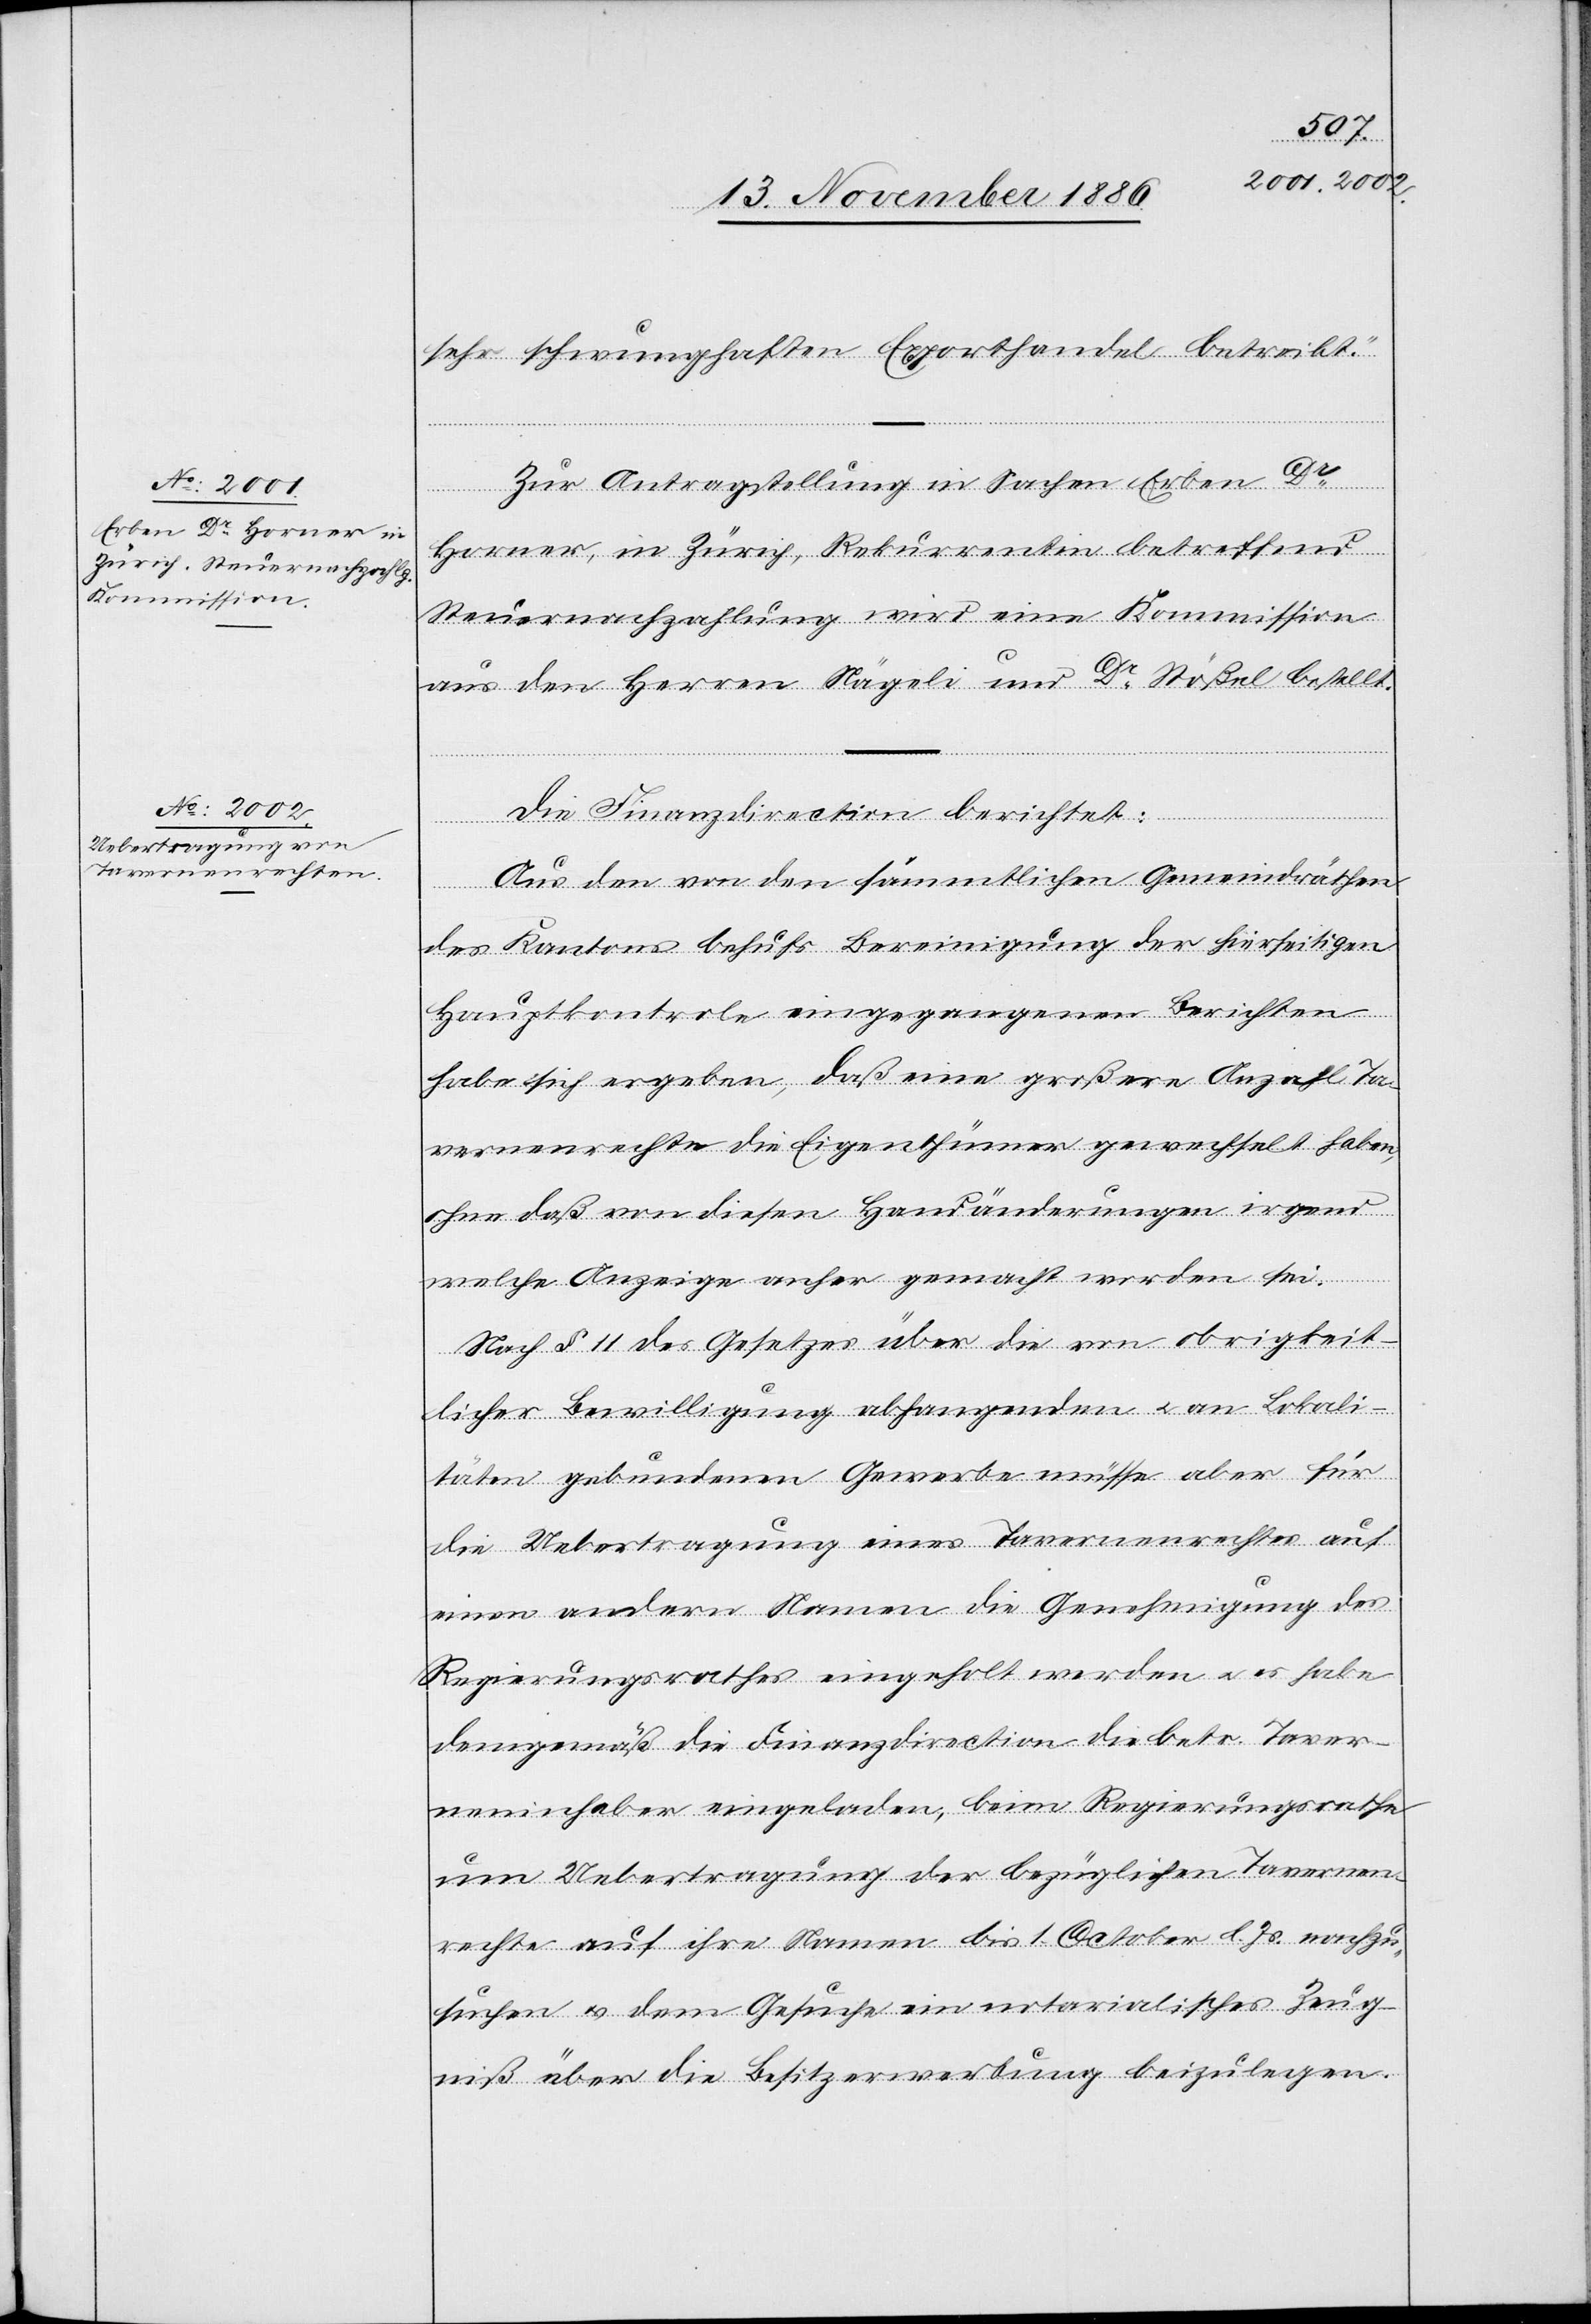
sehr schwunghaften Exporthandel betreibt.“
Zur Antragstellung in Sachen Erben Dr
Horner, in Zürich, Rekurrentin betreffend
Steuernachzahlung wird eine Kommission
aus den Herren Nägeli und Dr Stößel bestellt.
Die Finanzdirection berichtet:
Aus den von den sämmtlichen Gemeindräthen
des Kantons behufs Bereinigung der hierseitigen
Hauptkontrole eingegangenen Berichten
habe sich ergeben, daß eine großere [sic!] Anzahl Ta¬
vernenrechte die Eigenthümer gewechselt haben,
ohne daß von diesen Handänderungen irgend
welche Anzeige anher gemacht worden sei.
Nach § 11 des Gesetzes über die von obrigkeit¬
licher Bewilligung abhangenden & an Lokali¬
täten gebundenen Gewerbe müsse aber für
die Uebertragung eines Tavernenrechtes auf
einen andern Namen die Genehmigung des
Regierungsrathes eingeholt werden & es habe
demgemäß die Finanzdirection die betr. Taver¬
neninhaber eingeladen, beim Regierungsrathe
um Uebertragung der bezüglichen Tavernen¬
rechte auf ihre Namens bis 1. October l. Js. nachzu¬
suchen & dem Gesuche ein notarialisches Zeug¬
niß über die Besitzerwerbung beizulegen.